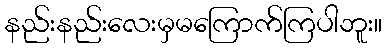
နည်းနည်းလေးမှမကြောက်ကြပါဘူး။